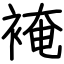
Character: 裺